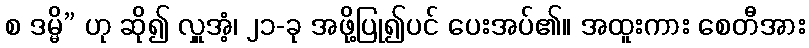
စ ဒမ္မိ” ဟု ဆို၍ လှူအံ့၊ ၂၁-ခု အဖို့ပြု၍ပင် ပေးအပ်၏။ အထူးကား စေတီအား